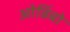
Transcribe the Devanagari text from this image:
ओडिंबो